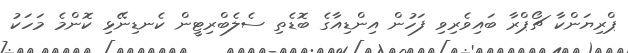
ޕްރިޔަންކާ ޗޯޕްރާ ބައިވެރިވި ފަހުން އިންޑިއާގެ ބޮޑެތި ސެލެބްރިޓީން ކެނޑިނޭޅި ކޮންމެ މަހަކު